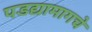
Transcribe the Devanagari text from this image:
पडद्यामागचे